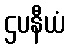
ဌပနီယံ